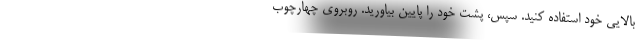
بالایی خود استفاده کنید. سپس، پشت خود را پایین بیاورید. روبروی چهارچوب